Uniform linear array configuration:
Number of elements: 48
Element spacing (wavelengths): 1
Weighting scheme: uniform
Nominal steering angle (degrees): -60
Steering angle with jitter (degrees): -58.345
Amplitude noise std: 0.05
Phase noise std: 0.05

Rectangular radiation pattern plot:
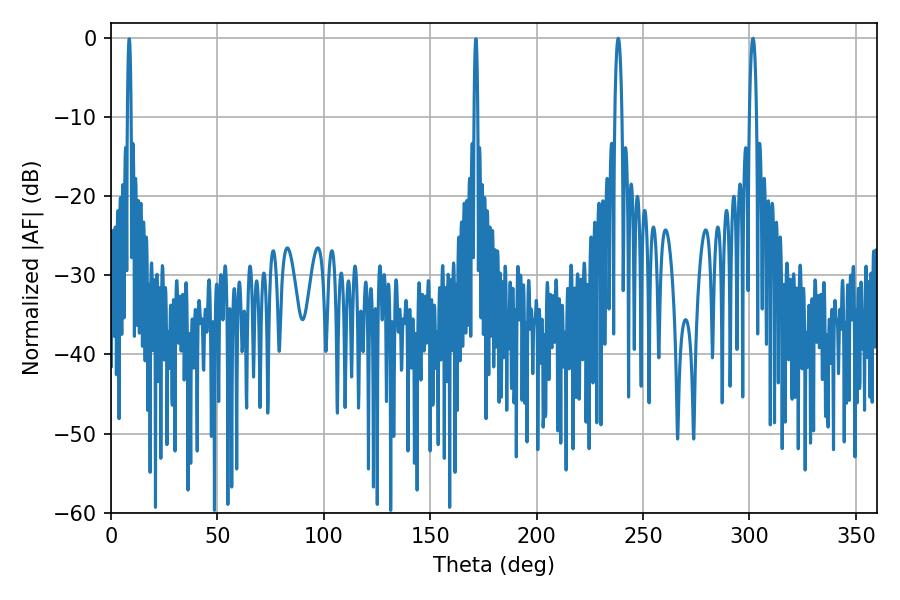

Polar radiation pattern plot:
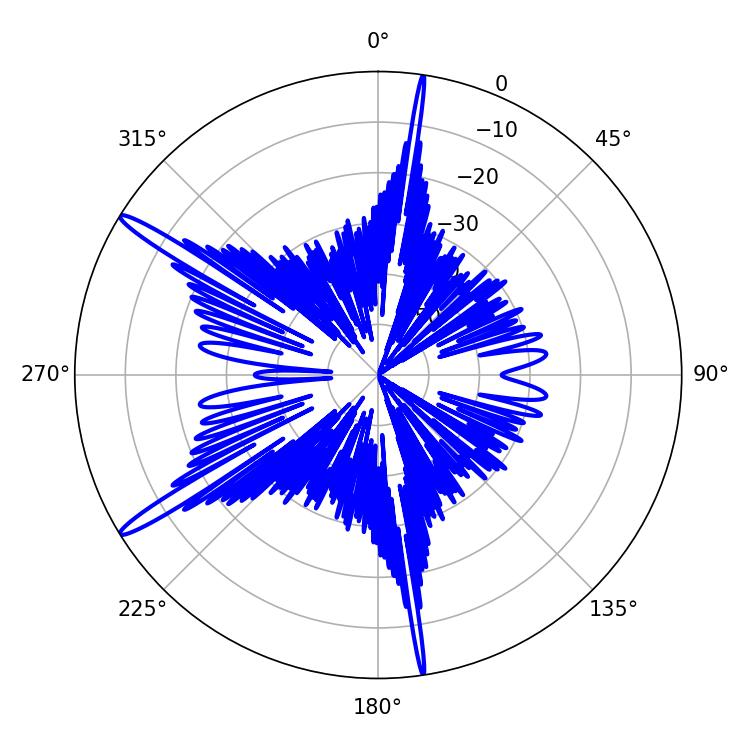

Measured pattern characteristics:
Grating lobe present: TRUE
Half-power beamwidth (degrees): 1.8
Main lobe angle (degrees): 238.32